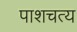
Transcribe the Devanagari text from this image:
पाशचत्य